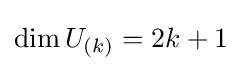
\dim U_{(k)}=2k+1